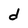
Character: d